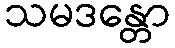
သမဒန္တော